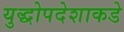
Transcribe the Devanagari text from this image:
युद्धोपदेशाकडे